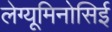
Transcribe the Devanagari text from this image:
लेग्यूमिनोसिई